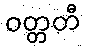
ဝတ္တတီ